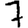
Digit: 7